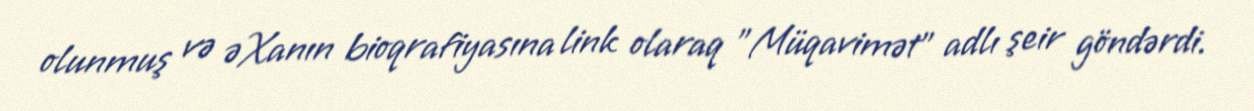
olunmuş və əXanın bioqrafiyasına link olaraq "Müqavimət" adlı şeir göndərdi.